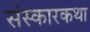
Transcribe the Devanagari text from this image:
संस्कारकथा